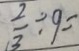
\frac { 2 } { 3 } \div 9 =